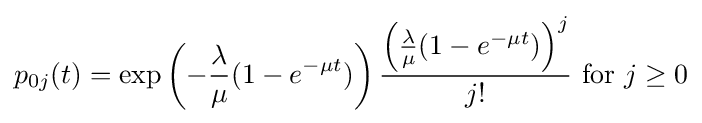
p_{0j}(t)=\exp \left(-{\frac {\lambda }{\mu }}(1-e^{-\mu t})\right){\frac {\left({\frac {\lambda }{\mu }}(1-e^{-\mu t})\right)^{j}}{j!}}{\text{ for }}j\geq 0